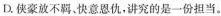
D.侠豪放不羁、快意恩仇，讲究的是一份担当。